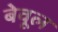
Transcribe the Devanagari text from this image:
बेवूल